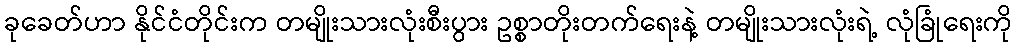
ခုခေတ်ဟာ နိုင်ငံတိုင်းက တမျိုးသားလုံးစီးပွား ဥစ္စာတိုးတက်ရေးနဲ့ တမျိုးသားလုံးရဲ့ လုံခြုံရေးကို